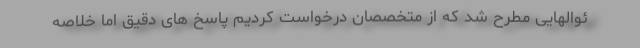
ئوالهایی مطرح شد که از متخصصان درخواست کردیم پاسخ های دقیق اما خلاصه